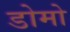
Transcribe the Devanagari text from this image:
डोमो